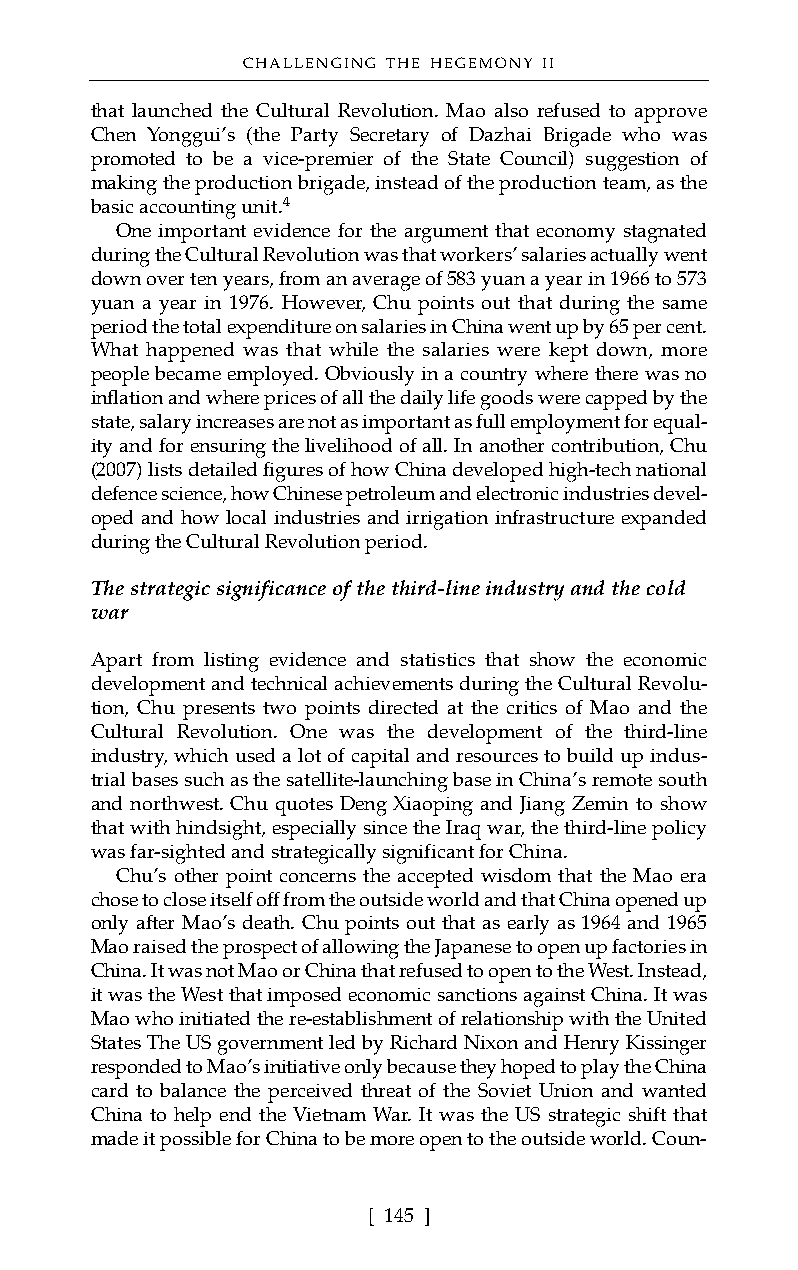
CHALLENGING THE HEGEMONY II
 that launched the Cultural Revolution. Mao also refused to approve
 Chen Yonggui’s (the Party Secretary of Dazhai Brigade who was
 promoted to be a vice-premier of the State Council) suggestion of
 making the production brigade, instead of the production team, as the
 basic accounting unit.4
 One important evidence for the argument that economy stagnated
 during the Cultural Revolution was that workers’ salaries actually went
 down over ten years, from an average of 583 yuan a year in 1966 to 573
 yuan a year in 1976. However, Chu points out that during the same
 period the total expenditure on salaries in China went up by 65 per cent.
 What happened was that while the salaries were kept down, more
 people became employed. Obviously in a country where there was no
 inflation and where prices of all the daily life goods were capped by the
 state, salary increases are not as important as full employment for equal-
 ity and for ensuring the livelihood of all. In another contribution, Chu
 (2007) lists detailed figures of how China developed high-tech national
 defence science, how Chinese petroleum and electronic industries devel-
 oped and how local industries and irrigation infrastructure expanded
 during the Cultural Revolution period.
 The strategic significance of the third-line industry and the cold
 war
 Apart from listing evidence and statistics that show the economic
 development and technical achievements during the Cultural Revolu-
 tion, Chu presents two points directed at the critics of Mao and the
 Cultural Revolution. One was the development of the third-line
 industry, which used a lot of capital and resources to build up indus-
 trial bases such as the satellite-launching base in China’s remote south
 and northwest. Chu quotes Deng Xiaoping and Jiang Zemin to show
 that with hindsight, especially since the Iraq war, the third-line policy
 was far-sighted and strategically significant for China.
 Chu’s other point concerns the accepted wisdom that the Mao era
 chose to close itself off from the outside world and that China opened up
 only after Mao’s death. Chu points out that as early as 1964 and 1965
 Mao raised the prospect of allowing the Japanese to open up factories in
 China. It was not Mao or China that refused to open to the West. Instead,
 it was the West that imposed economic sanctions against China. It was
 Mao who initiated the re-establishment of relationship with the United
 States The US government led by Richard Nixon and Henry Kissinger
 responded to Mao’s initiative only because they hoped to play the China
 card to balance the perceived threat of the Soviet Union and wanted
 China to help end the Vietnam War. It was the US strategic shift that
 made it possible for China to be more open to the outside world. Coun-
 [ 145 ]